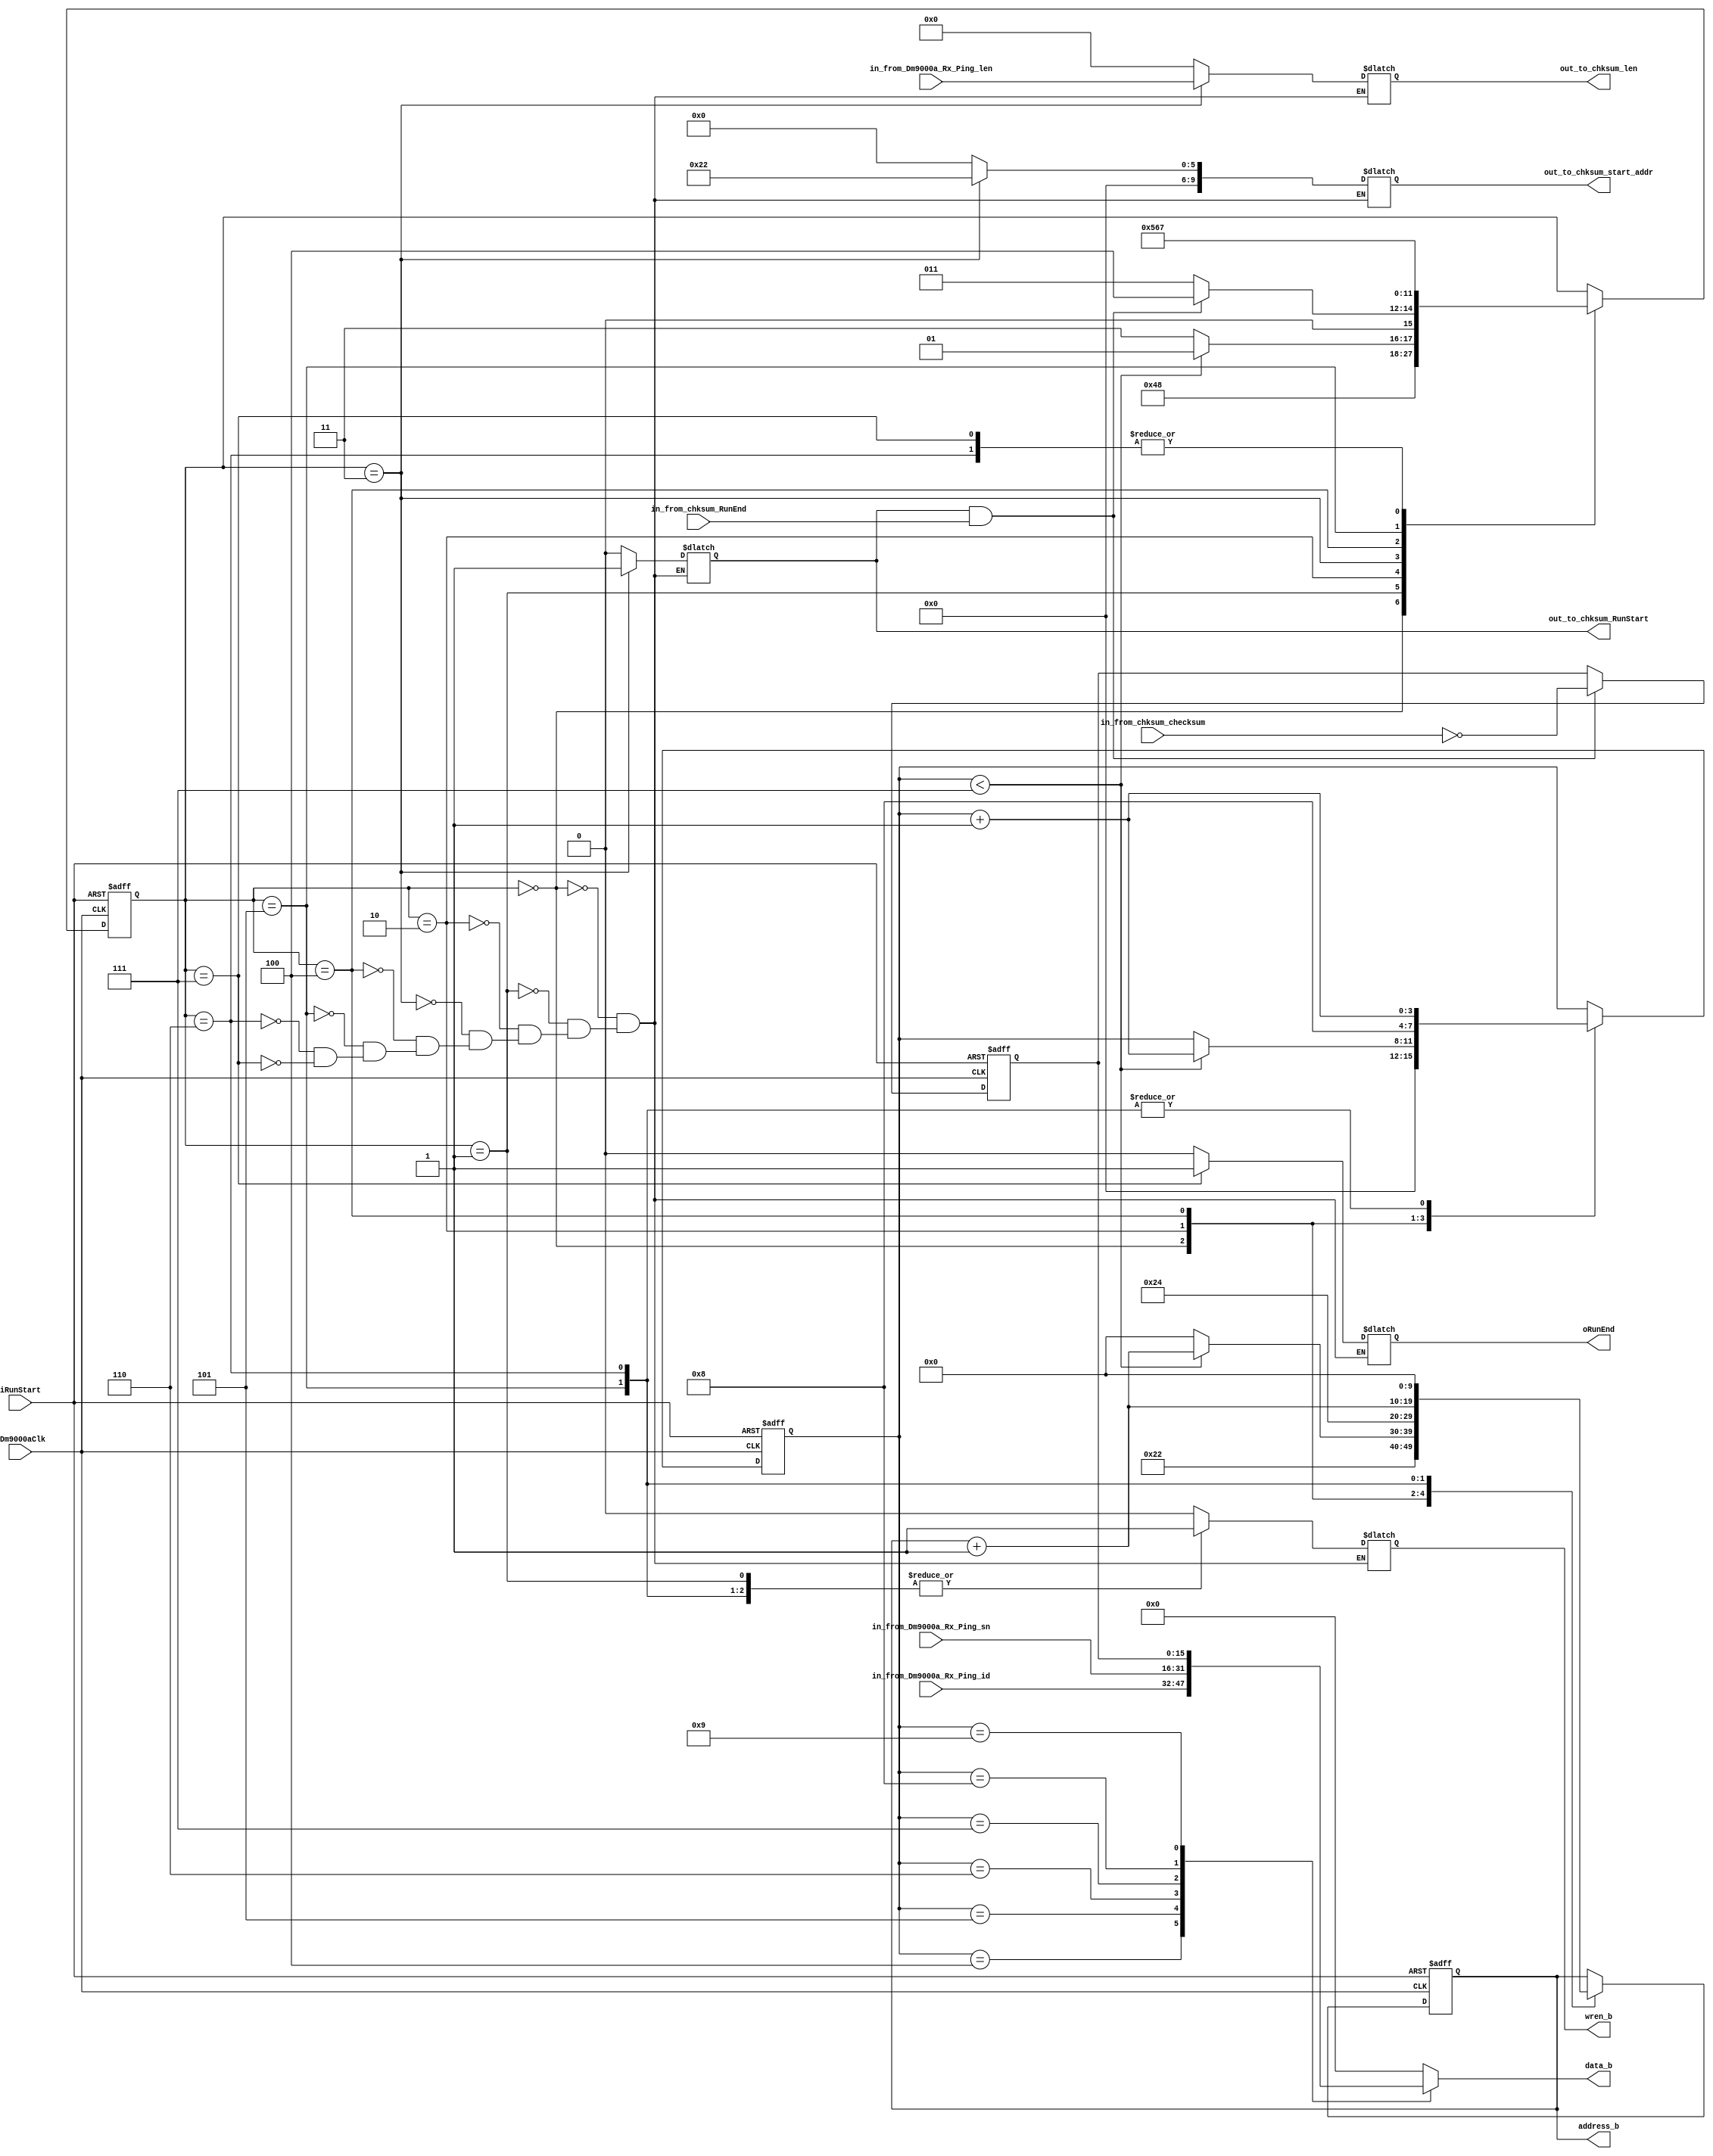
module PING_ACK
(
	input iDm9000aClk,
	input iRunStart,                                       
	input [15:0] in_from_Dm9000a_Rx_Ping_id,   //RxлPingʾ
	input [15:0] in_from_Dm9000a_Rx_Ping_sn,  //RxлPingк
	input [15:0] in_from_Dm9000a_Rx_Ping_len, //RxлPingĳ
	//modified the content of dpram
	output reg wren_b,
	output reg [7:0]data_b,
	output reg [9:0]address_b,
	//chksum port
	input in_from_chksum_RunEnd,
	input [15:0] in_from_chksum_checksum,		
	output reg out_to_chksum_RunStart,
	output reg [15:0] out_to_chksum_len,
	output reg [9:0] out_to_chksum_start_addr,
	output reg oRunEnd
);
localparam ICMP_OFFSET = 10'd34;   //Icmp ƫƵַ
localparam ICMP_HEAD_LEN = 8;      //Icmpͷ8ֽ
reg [3:0]cnt;
reg [3:0]State;
localparam [3:0] Idle = 4'd0,WRITE = 4'd1,JUDGE = 4'd2,CHKSUM = 4'd3,FILLCHKSUM = 4'd4,
								FILL_HB = 4'd5,FILL_LB = 4'd6, END = 4'd7;
always @ (posedge iDm9000aClk , negedge iRunStart)begin
	if(~iRunStart)begin
		State <= Idle;
		address_b <= 10'd0; //ͷŵַ
		cnt <= 4'd10; //ͷ
	end
	else begin
		case(State)
			Idle:begin
				address_b <= ICMP_OFFSET;
				cnt <= 4'd0;//0
				State <= WRITE;
			end
			WRITE:begin
				State <= JUDGE;
			end
			JUDGE:begin
				if(cnt < ICMP_HEAD_LEN -1)begin
					address_b <= address_b + 1'b1;
					cnt <= cnt + 1'b1;
					State <= WRITE;
				end
				else begin
					State <= CHKSUM;
					address_b <= 10'd0; //ַ0ҪΪchksumҲõaddress_b
				end
			end
			CHKSUM:begin
				if(out_to_chksum_RunStart & in_from_chksum_RunEnd)
					State <= FILLCHKSUM;
				else
					State <= CHKSUM;
			end
			FILLCHKSUM:begin
				address_b <= 10'd36; //Уڵַ
				cnt <= 4'd8;            //һԸֵ
				State <= FILL_HB;
			end
			FILL_HB:begin
				address_b <= address_b + 1'b1;
				cnt <= cnt + 1'b1;
				State <= FILL_LB;
			end
			FILL_LB:begin
				address_b <= 10'd0;  //ͷaddress_b;
				cnt <= cnt +1'b1;      //ͷdata_b;
				State <= END;
			end
			END:begin
				State <= END;
			end
		endcase
	end
end
always @ (State , Icmp_len , Ping_id , Ping_sn , checksum) begin
	case(State)
		Idle:begin
			wren_b = 1'b0;
			oRunEnd = 1'b0;
			out_to_chksum_RunStart = 1'b0;
			out_to_chksum_len = 16'd0;
			out_to_chksum_start_addr = 10'd0;				
		end
		WRITE:begin
			wren_b = 1'b1;
			oRunEnd = 1'b0;
			out_to_chksum_RunStart = 1'b0;
			out_to_chksum_len = 16'd0;
			out_to_chksum_start_addr = 10'd0;					
		end
		JUDGE:begin
			wren_b = 1'b0;
			oRunEnd = 1'b0;
			out_to_chksum_RunStart = 1'b0;
			out_to_chksum_len = 16'd0;
			out_to_chksum_start_addr = 10'd0;		
		end
		CHKSUM:begin
			wren_b = 1'b0;
			oRunEnd = 1'b0;
			out_to_chksum_RunStart = 1'b1;
			out_to_chksum_len = Icmp_len;//pingĳ
			out_to_chksum_start_addr = ICMP_OFFSET;	//˵ַ	
		end
		FILLCHKSUM:begin
			wren_b = 1'b0;
			oRunEnd = 1'b0;
			out_to_chksum_RunStart = 1'b0;
			out_to_chksum_len = 16'd0;
			out_to_chksum_start_addr = 10'd0;				
		end
		FILL_HB:begin
			wren_b = 1'b1; //д
			oRunEnd = 1'b0;			
			out_to_chksum_RunStart = 1'b0;
			out_to_chksum_len = 16'd0;
			out_to_chksum_start_addr = 10'd0;							
		end
		FILL_LB:begin
			wren_b = 1'b1; //д
			oRunEnd = 1'b0;	
			out_to_chksum_RunStart = 1'b0;
			out_to_chksum_len = 16'd0;
			out_to_chksum_start_addr = 10'd0;							
		end
		END:begin
			wren_b = 1'b0; //д
			oRunEnd = 1'b1;	
			out_to_chksum_RunStart = 1'b0;
			out_to_chksum_len = 16'd0;
			out_to_chksum_start_addr = 10'd0;			
		end
	endcase
end
always @ (cnt , Ping_id , Ping_sn , checksum)begin
	case(cnt)
		4'h0:data_b = 8'h00;//
		4'h1:data_b = 8'h00;//pingӦ
		4'h2:data_b = 8'h00;//У00
		4'h3:data_b = 8'h00;//00
		4'h4:data_b = Ping_id[15:8];//ʶ
		4'h5:data_b = Ping_id[7:0];//ʶ
		4'h6:data_b = Ping_sn[15:8];//к
		4'h7:data_b = Ping_sn[7:0];  //к
		4'h8:data_b = checksum[15:8];//͸8λ
		4'h9:data_b = checksum[7:0];//͵8λ
		default:data_b = 8'h00;
	endcase
end
wire [15:0] Ping_id;
wire [15:0] Ping_sn;
wire [15:0] Icmp_len;
assign	Ping_id = in_from_Dm9000a_Rx_Ping_id; 
assign	Ping_sn = in_from_Dm9000a_Rx_Ping_sn;
assign	Icmp_len = in_from_Dm9000a_Rx_Ping_len;
reg [15:0] checksum;
always @ (posedge iDm9000aClk , negedge iRunStart) begin
	if(~iRunStart) 
		checksum <= 16'd0;
	else if(out_to_chksum_RunStart & in_from_chksum_RunEnd)
		checksum <= ~in_from_chksum_checksum;
	else
		checksum <= checksum;
end
endmodule